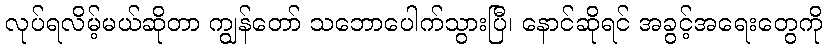
လုပ်ရလိမ့်မယ်ဆိုတာ ကျွန်တော် သဘောပေါက်သွားပြီ၊ နောင်ဆိုရင် အခွင့်အရေးတွေကို